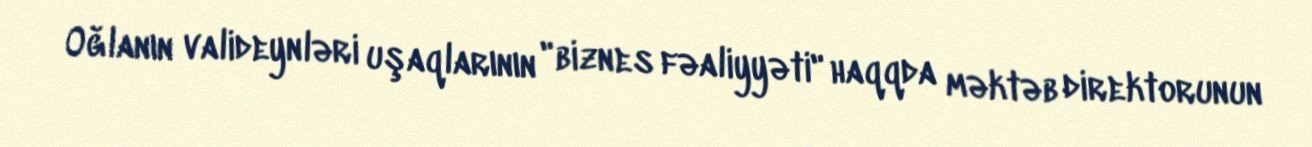
Oğlanın valideynləri uşaqlarının "biznes fəaliyyəti" haqqda məktəb direktorunun